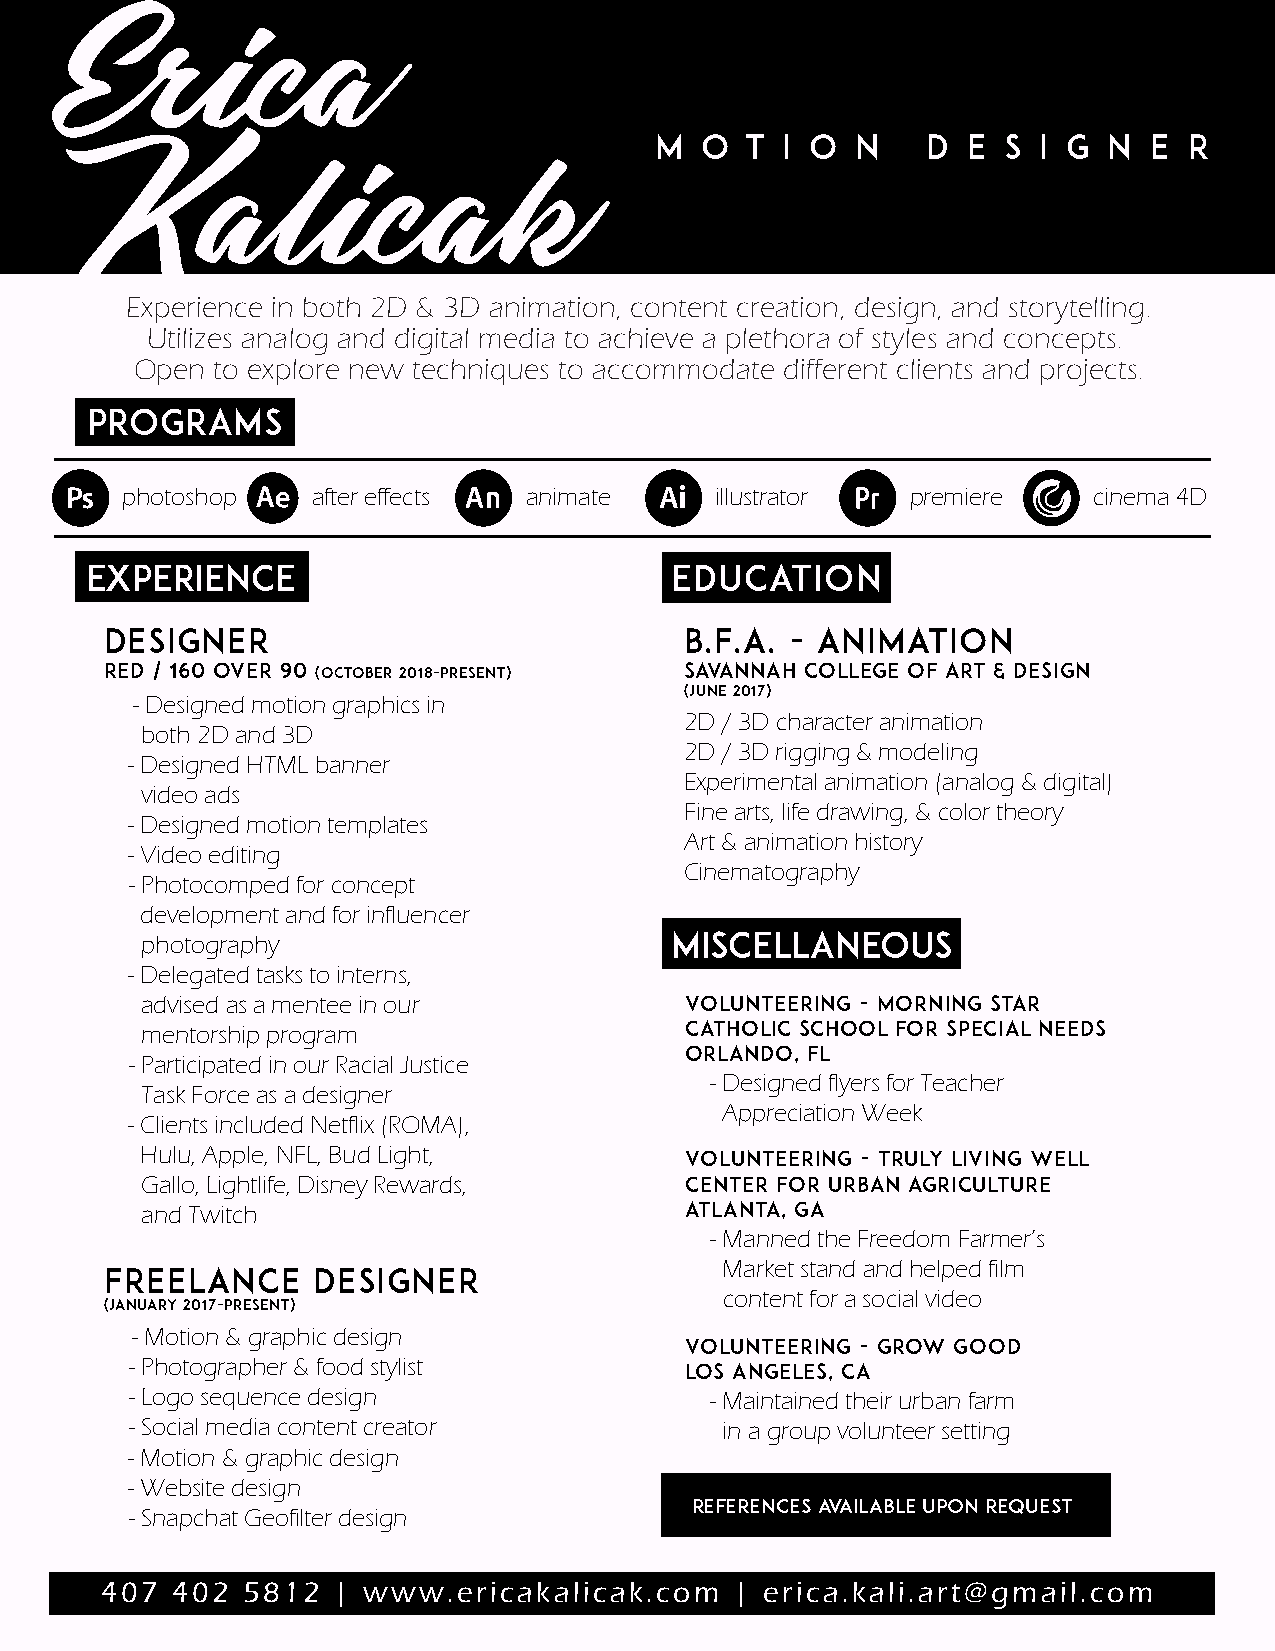
m  o  t  i o  n   d  e  s i g n  e  r
 Experience in both 2D & 3D animation, content creation, design, and storytelling.
 Utilizes analog and digital media to achieve a plethora of styles and concepts.
 Open to explore new techniques to accommodate different clients and projects.
 PROGRAMS
 photoshop    after effects animate     illustrator  premiere    cinema 4D
 EXPERIENCE                            Education
 Designer                              B.F.A. - Animation
 RED / 160 over 90 (october 2018-preSent) savannah college of art & design
 (june 2017)
 - Designed motion graphics in
 2D / 3D character animation
 both 2D and 3D
 2D / 3D rigging & modeling
 - Designed HTML banner
 Experimental animation (analog & digital)
 video ads
 Fine arts, life drawing, & color theory
 - Designed motion templates
 Art & animation history
 - Video editing
 Cinematography
 - Photocomped for concept
 development and for influencer
 photography                        MISCellaneous
 - Delegated tasks to interns,
 advised as a mentee in our          Volunteering - morning star
 mentorship program                  catholic school for special needs
 ORLANDO, fl
 - Participated in our Racial Justice
 - Designed flyers for Teacher
 Task Force as a designer
 Appreciation Week
 - Clients included Netflix (ROMA),
 Hulu, Apple, NFL, Bud Light,        Volunteering - TRULY LIVING WELL
 Gallo, Lightlife, Disney Rewards,   CENTER FOR URBAN AGRICULTURE
 and Twitch                          atlanta, ga
 - Manned the Freedom Farmer’s
 Market stand and helped film
 Freelance     Designer
 content for a social video
 (January 2017-preSent)
 - Motion & graphic design
 Volunteering - grow good
 - Photographer & food stylist       los angeles, ca
 - Logo sequence design                - Maintained their urban farm
 - Social media content creator         in a group volunteer setting
 - Motion & graphic design
 - Website design
 references available upon request
 - Snapchat Geofilter design
 407 402  5812  | www.ericakalicak.com     | erica.kali.art@gmail.com